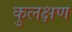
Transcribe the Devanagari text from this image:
कुलक्षण